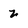
Character: 2